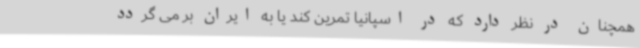
همچنان در نظر دارد که در اسپانیا تمرین کند یا به ایران بر می گردد